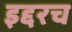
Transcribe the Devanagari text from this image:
इद्दरच